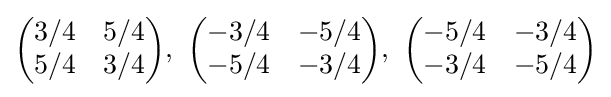
{\begin{pmatrix}3/4&5/4\\5/4&3/4\end{pmatrix}},\ {\begin{pmatrix}-3/4&-5/4\\-5/4&-3/4\end{pmatrix}},\ {\begin{pmatrix}-5/4&-3/4\\-3/4&-5/4\end{pmatrix}}